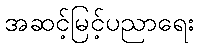
အဆင့်မြင့်ပညာရေး